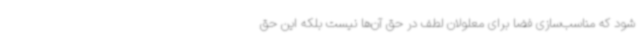
شود که مناسب‌سازی فضا برای معلولان لطف در حق آن‌ها نیست بلکه این حق